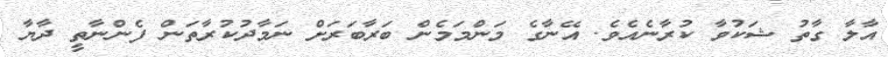
އާލާ ގާތު ޝަކުވާ ކުރާނެއެވެ. އޭނާގެ މަންމަމެން ބަރާބަރަށް ނަމާދުކުރާތަން ފެންނާތީ ދާޔާ